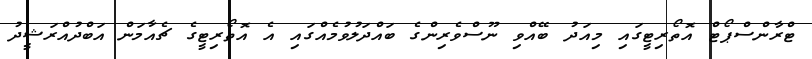
ޓްރާންސްޕޯޓް އޮތޯރިޓީގައި މިއަދު ބޭއްވި ނޫސްވެރިންގެ ބައްދަލުވުމެއްގައި އެ އޮތޯރިޓީގެ ޗެއާމަން އަބްދުއްރަޝީދު